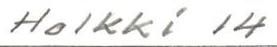
Holkki 14